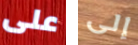
على إلى